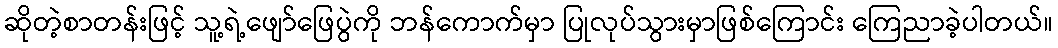
ဆိုတဲ့စာတန်းဖြင့် သူ့ရဲ့ဖျော်ဖြေပွဲကို ဘန်ကောက်မှာ ပြုလုပ်သွားမှာဖြစ်ကြောင်း ကြေညာခဲ့ပါတယ်။